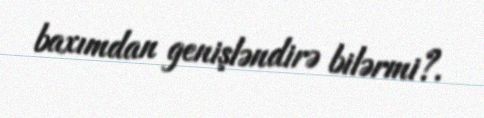
baxımdan genişləndirə bilərmi?.